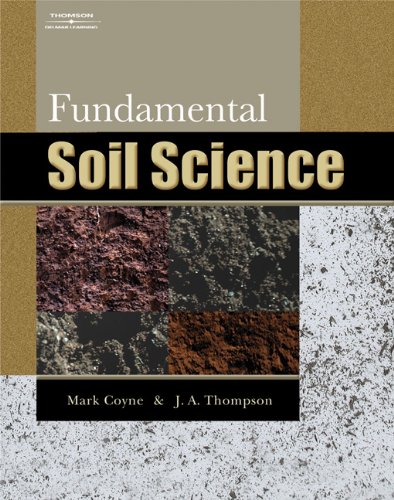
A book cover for Fundamental Soil Science; Mark S. Coyne; Science & Math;